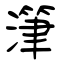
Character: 潷